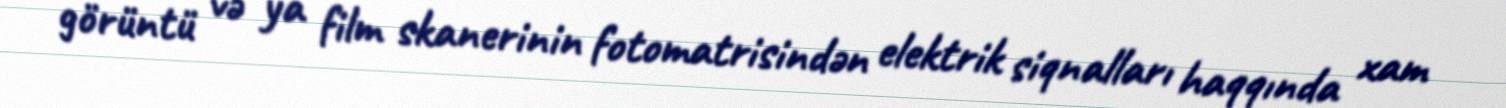
görüntü və ya film skanerinin fotomatrisindən elektrik siqnalları haqqında xam